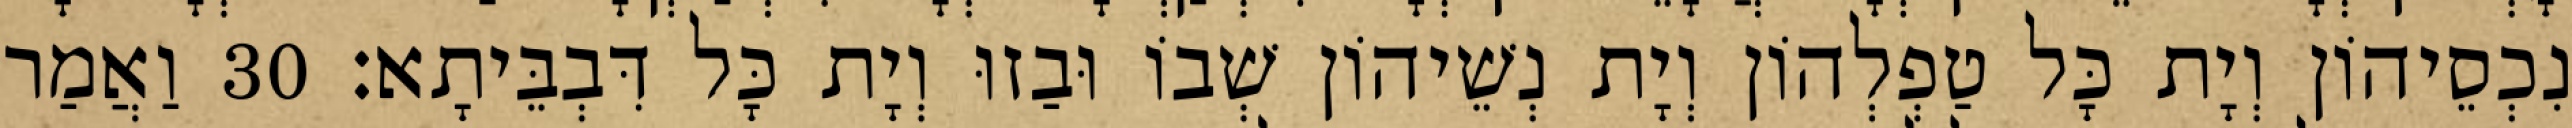
נִכְסֵיהוֹן וְיָת כָּל טַפְלְהוֹן וְיָת נְשֵׁיהוֹן שְׁבוֹ וּבַזוּ וְיָת כָּל דִּבְבֵּיתָא׃ 30 וַאֲמַר